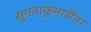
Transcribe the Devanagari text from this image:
सुगताकुमारींना